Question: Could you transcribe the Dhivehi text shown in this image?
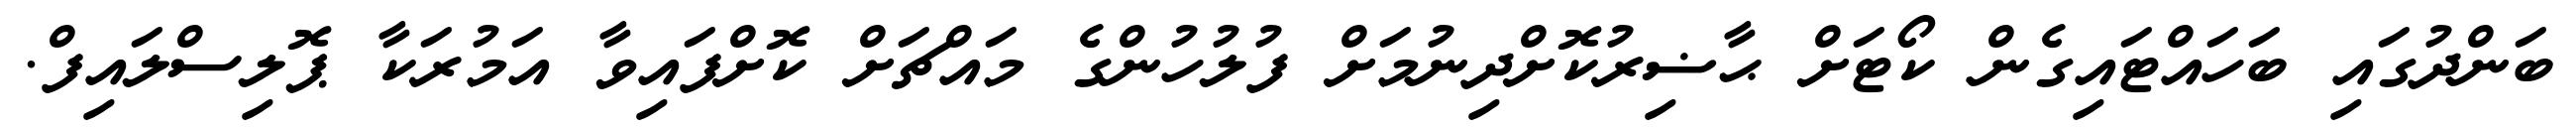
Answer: ބަންދުގައި ބަހައްޓައިގެން ކޯޓަށް ޙާޟިރުކޮށްދިނުމަށް ފުލުހުންގެ މައްޗަށް ކޮށްފައިވާ އަމުރަކާ ޕޮލިސްލައިފް.